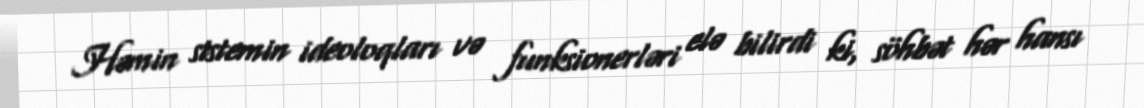
Həmin sistemin ideoloqları və funksionerləri elə bilirdi ki, söhbət hər hansı